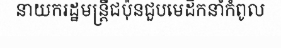
នាយករដ្ឋមន្ត្រីជប៉ុនជួបមេដឹកនាំកំពូល